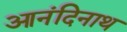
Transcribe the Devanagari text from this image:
आनंदिनाथ